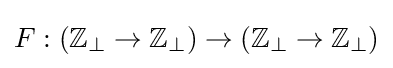
F:(\mathbb {Z} _{\bot }\to \mathbb {Z} _{\bot })\to (\mathbb {Z} _{\bot }\to \mathbb {Z} _{\bot })